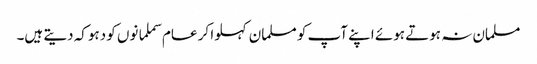
مسلمان نہ ہوتے ہوئے اپنے آپ کو مسلمان کہلوا کر عام سملمانوں کو دہوکہ دیتے ہیں۔